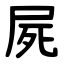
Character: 屍